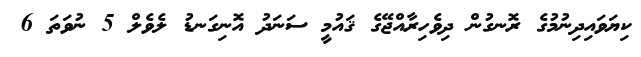
ކިޔަވައިދިނުމުގެ ރޮނގުން ދިވެހިރާއްޖޭގެ ޤައުމީ ސަނަދު އޮނިގަނޑު ލެވެލް 5 ނުވަތަ 6